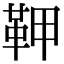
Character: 𩉾